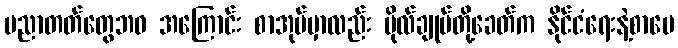
ပညာတတ်တွေဘဝ အကြောင်း စာအုပ်မှာလည်း ဗိုလ်ချုပ်တို့ခေတ်က နိုင်ငံရေးနဲ့စာပေ